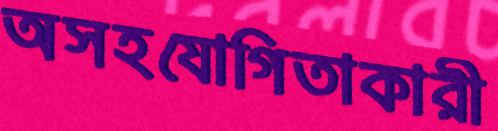
অসহযোগিতাকারী